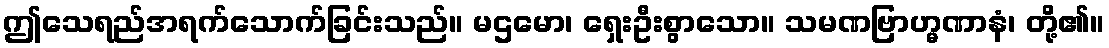
ဤသေရည်အရက်သောက်ခြင်းသည်။ မဌမော၊ ရှေးဦးစွာသော။ သမဏဗြာဟ္မဏာနံ၊ တို့၏။